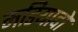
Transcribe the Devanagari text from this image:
मडियादो